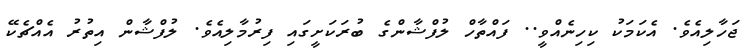
ޖަހާލިއެވެ. އެކަމަކު ކިހިނެއްވީ.. ފައްތާހް ލުފްޝާންގެ ބުރަކަށީގައި ފިރުމާލިއެވެ. ލުފްޝާން އިތުރު އެއްޗެކޭ